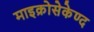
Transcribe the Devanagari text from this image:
माइक्रोसेकेण्द